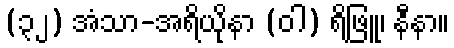
(၃၂) အံသာ-အရိယိုနာ (ဝါ) ရိဖြူ၊ နီနာ။